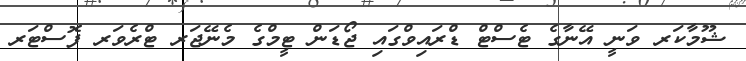
ޝޫމާކަރ ވަނީ އޭނާގެ ޓެސްޓް ޑްރައިވްގައި ޖޯޑަން ޓީމްގެ މެނޭޖަރ ޓްރެވަރ ފޮސްޓަރ